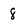
Character: 8